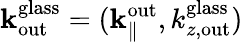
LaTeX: {\mathbf k}_{\mathrm{out}}^{\mathrm{glass}}=({\mathbf k}_{\parallel}^{\mathrm{out}},k_{z,\mathrm{out}}^{\mathrm{glass}})